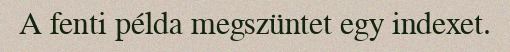
A fenti példa megszüntet egy indexet.